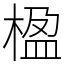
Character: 楹